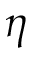
\eta